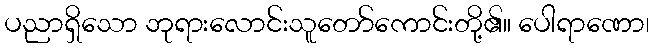
ပညာရှိသော ဘုရားလောင်းသူတော်ကောင်းတို့၏။ ပေါရာဏော၊